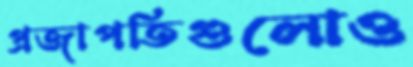
প্রজাপতিগুলোও